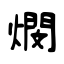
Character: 燘